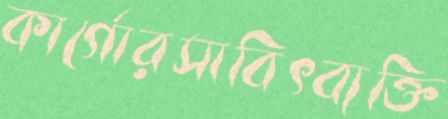
কার্গোরসাবিৎব্যক্তি